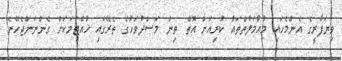
ވިޔަފާރީގެ އެންމެހައި މުއާމަލާތްތައް ކުރިއަށް އޮތް ތިން މަސްދުވަހުގެ ތެރޭގައި ހުއްޓުމަކަށް ގެންނަންޖެހޭނެ